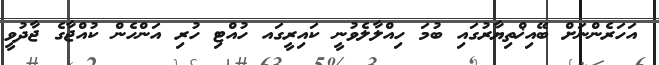
އަހަރެންނަށް ބޭއިޚްތިޔާރުގައި ބުމަ ހިއްލާލެވުނީ ކައިރީގައ ހުއްޓި ހުރި އަންހެން ކުއްޖާގެ ޖާދުވީ